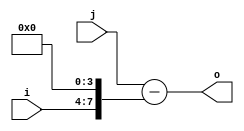
module opt_expr_sub_test1(input [3:0] i, input [7:0] j, output [8:0] o);
    assign o = j - (i << 4);
endmodule